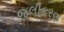
જલીકરણ